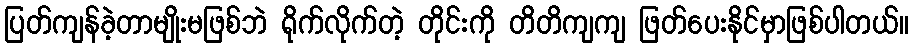
ပြတ်ကျန်ခဲ့တာမျိုးမဖြစ်ဘဲ ရိုက်လိုက်တဲ့ တိုင်းကို တိတိကျကျ ဖြတ်ပေးနိုင်မှာဖြစ်ပါတယ်။